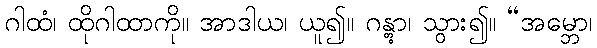
ဂါထံ၊ ထိုဂါထာကို။ အာဒါယ၊ ယူ၍။ ဂန္တွာ၊ သွား၍။ “အမ္ဘော၊